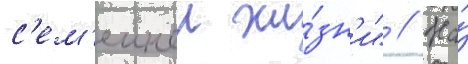
с'ем'еинои жи́зн'и" // На́